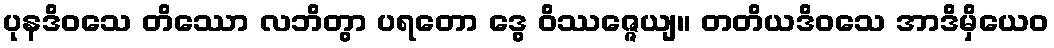
ပုနဒိဝသေ တိဿော လဘိတွာ ပရတော ဒွေ ဝိဿဇ္ဇေယျ။ တတိယဒိဝသေ အာဒိမှိယေဝ